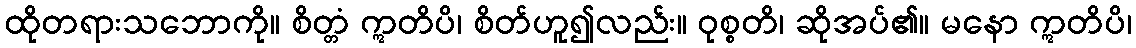
ထိုတရားသဘောကို။ စိတ္တံ ဣတိပိ၊ စိတ်ဟူ၍လည်း။ ဝုစ္စတိ၊ ဆိုအပ်၏။ မနော ဣတိပိ၊